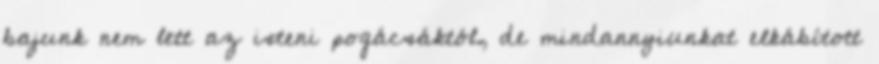
bajunk nem lett az isteni pogácsáktól, de mindannyiunkat elkábított